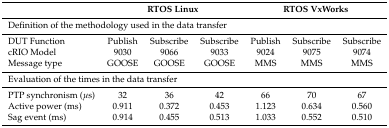
<table><thead><tr><td></td><td colspan="3"><b>RTOS Linux</b></td><td colspan="3"><b>RTOS VxWorks</b></td></tr></thead><tbody><tr><td colspan="7">Definition of the methodology used in the data transfer</td></tr><tr><td>DUT Function</td><td>Publish</td><td>Subscribe</td><td>Subscribe</td><td>Publish</td><td>Subscribe</td><td>Subscribe</td></tr><tr><td>cRIO Model</td><td>9030</td><td>9066</td><td>9033</td><td>9024</td><td>9075</td><td>9074</td></tr><tr><td>Message type</td><td>GOOSE</td><td>GOOSE</td><td>GOOSE</td><td>MMS</td><td>MMS</td><td>MMS</td></tr><tr><td colspan="7">Evaluation of the times in the data transfer</td></tr><tr><td>PTP synchronism (<i>μ</i>s)</td><td>32</td><td>36</td><td>42</td><td>66</td><td>70</td><td>67</td></tr><tr><td>Active power (ms)</td><td>0.911</td><td>0.372</td><td>0.453</td><td>1.123</td><td>0.634</td><td>0.560</td></tr><tr><td>Sag event (ms)</td><td>0.914</td><td>0.455</td><td>0.513</td><td>1.033</td><td>0.552</td><td>0.510</td></tr></tbody></table>